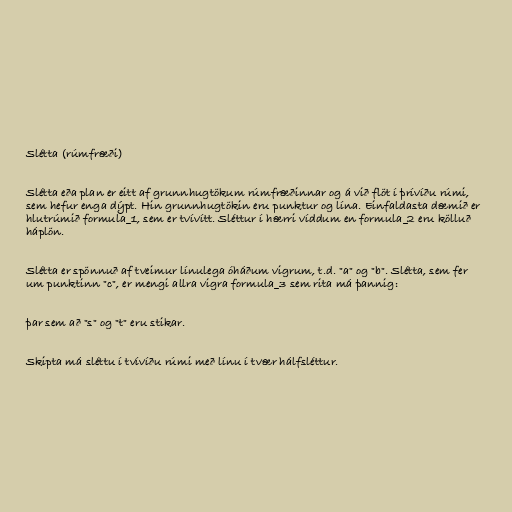
Slétta (rúmfræði)

Slétta eða plan er eitt af grunnhugtökum rúmfræðinnar og á við flöt í þrívíðu rúmi,
sem hefur enga dýpt. Hin grunnhugtökin eru punktur og lína. Einfaldasta dæmið er
hlutrúmið formula_1, sem er tvívítt. Sléttur í hærri víddum en formula_2 eru kölluð
háplön.

Slétta er spönnuð af tveimur línulega óháðum vigrum, t.d. "a" og "b". Slétta, sem fer
um punktinn "c", er mengi allra vigra formula_3 sem rita má þannig:

þar sem að "s" og "t" eru stikar.

Skipta má sléttu í tvívíðu rúmi með línu í tvær hálfsléttur.